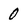
Character: 0